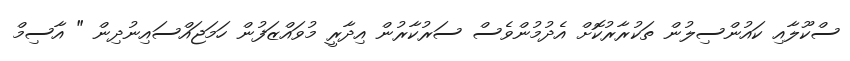
ސްކޫލާއި ކައުންސިލުން ތަކުރާރުކޮށް އެދުމުންވެސް ސަރުކާރުން އިދާރީ މުވައްޒަފުން ހަމަޖައްސައިނުދިން " އާސިމް